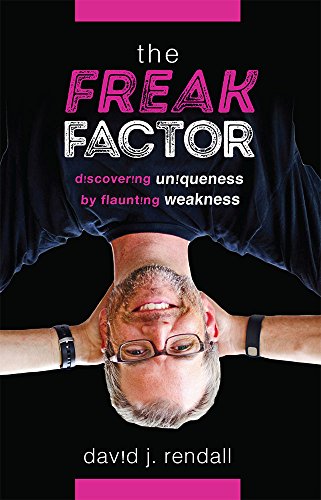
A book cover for The Freak Factor: Discovering Uniqueness by Flaunting Weakness; David J. Rendall; Business & Money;